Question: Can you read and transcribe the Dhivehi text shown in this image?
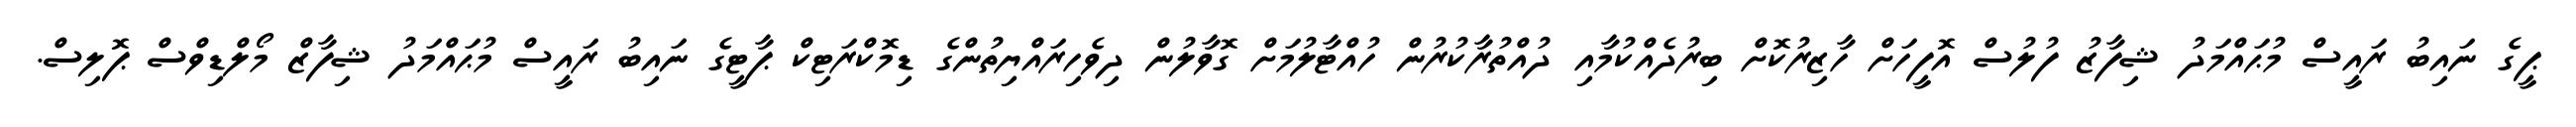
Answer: ޕީގެ ނައިބު ރައީސް މުޙައްމަދު ޝިފާޒު ފުލުސް އޮފީހަށް ހާޒިރުކޮށް ބިރުދެއްކުމާއި ދުއްތުރާކުރުން ހުއްޓާލުމަށް ގޮވާލުން ދިވެހިރައްޔިތުންގެ ޑިމޮކްރަޓިކް ޕާޓީގެ ނައިބު ރައީސް މުޙައްމަދު ޝިފާޒް މޯލްޑިވްސް ޕޮލިސް.